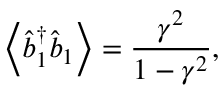
\left\langle \hat { b } _ { 1 } ^ { \dagger } \hat { b } _ { 1 } \right\rangle = \frac { \gamma ^ { 2 } } { 1 - \gamma ^ { 2 } } ,